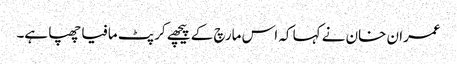
عمران خان نے کہا کہ اس مارچ کے پیچھے کرپٹ مافیا چھپا ہے۔